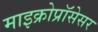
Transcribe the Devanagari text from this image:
माइक्रोप्रॉसेसर